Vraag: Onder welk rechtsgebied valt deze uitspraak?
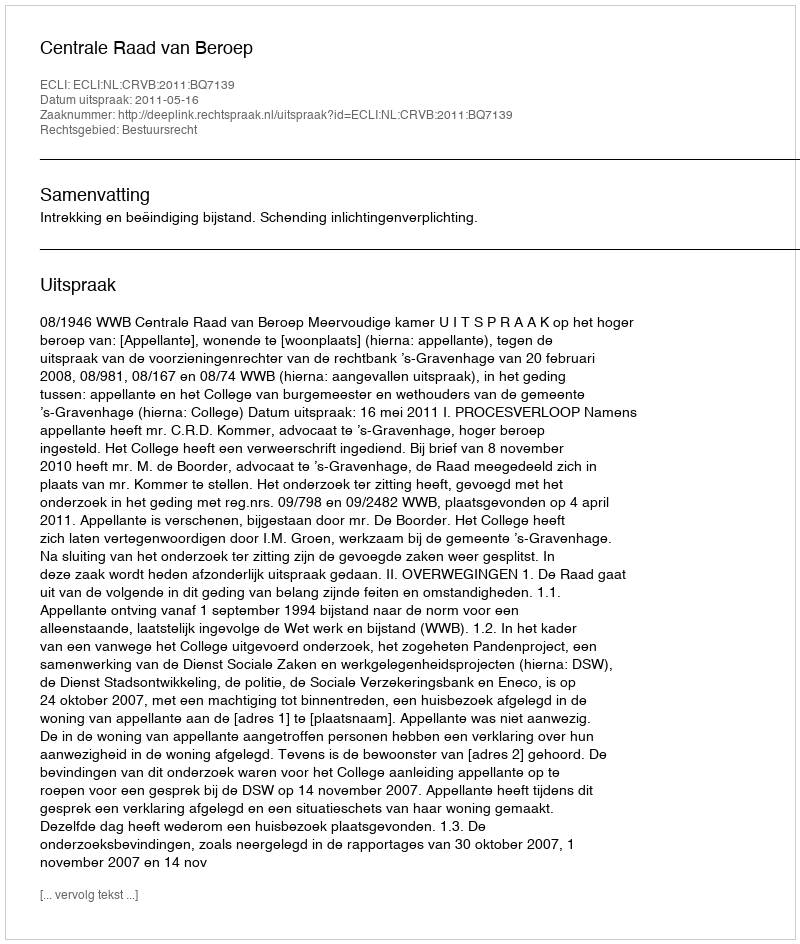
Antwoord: Bestuursrecht